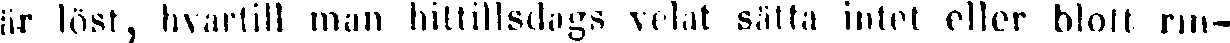
är löst, hvartill man hittillsdegs velat sätta intet eller blott rin-